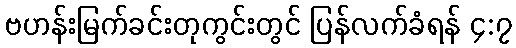
ဗဟန်းမြက်ခင်းတုကွင်းတွင် ပြန်လက်ခံရန် ၄:၇